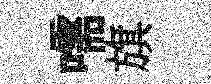
嚅旗